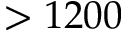
> 1 2 0 0